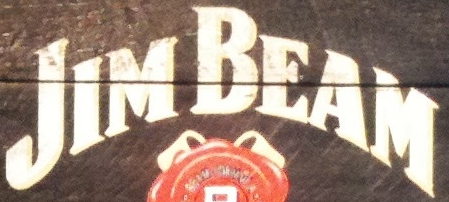
JIM BEAM